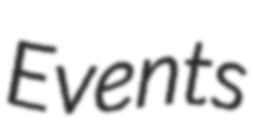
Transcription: Events